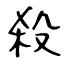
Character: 殺